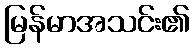
မြန်မာအသင်း၏